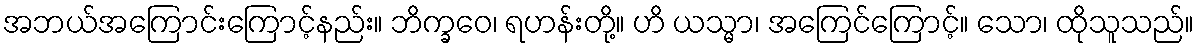
အဘယ်အကြောင်းကြောင့်နည်း။ ဘိက္ခဝေ၊ ရဟန်းတို့။ ဟိ ယသ္မာ၊ အကြေင်ကြောင့်။ သော၊ ထိုသူသည်။